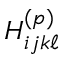
H _ { i j k \ell } ^ { ( p ) }